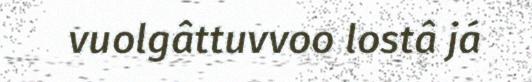
vuolgâttuvvoo lostâ já